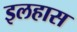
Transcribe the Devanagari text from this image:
इलहास